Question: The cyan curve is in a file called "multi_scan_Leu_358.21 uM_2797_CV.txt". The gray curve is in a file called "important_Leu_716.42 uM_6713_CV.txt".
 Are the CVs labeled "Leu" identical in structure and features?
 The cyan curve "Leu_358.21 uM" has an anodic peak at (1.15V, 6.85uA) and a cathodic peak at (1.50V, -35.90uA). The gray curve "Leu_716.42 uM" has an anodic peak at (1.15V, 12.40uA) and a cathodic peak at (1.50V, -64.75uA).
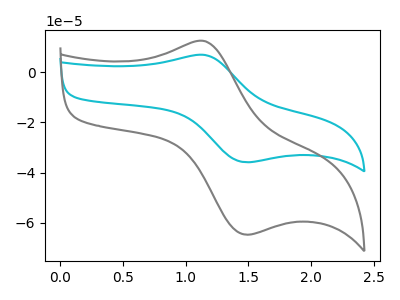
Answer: <think>All the peaks in "Leu_358.21 uM" have a peak in "Leu_716.42 uM" at the same potential. Every peak in "Leu_358.21 uM" is lower than every peak in "Leu_716.42 uM".
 </think>
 <answer>All the CV's of "Leu" have similar shape.</answer>
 <eval>follow_rule</eval>